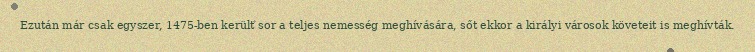
Ezután már csak egyszer, 1475-ben került sor a teljes nemesség meghívására, sőt ekkor a királyi városok követeit is meghívták.